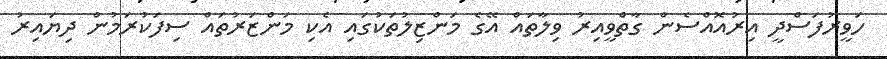
ހަވީރުފަސްދީ އިރުއޮއްސެން ގާތްވީއިރު ވިލާތައް އޭގެ މަންޒިލުތަކުގައި އެކި މަންޒަރުތައް ސިފަކުރަމުން ދިޔައިރު